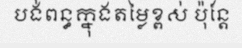
បង់ពន្ធក្នុងតម្លៃខ្ពស់ ប៉ុន្តែ